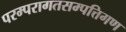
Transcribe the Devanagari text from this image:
परम्परागतसम्पत्तिगण